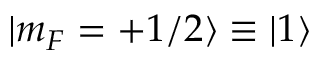
| m _ { F } = + 1 / 2 \rangle \equiv | 1 \rangle